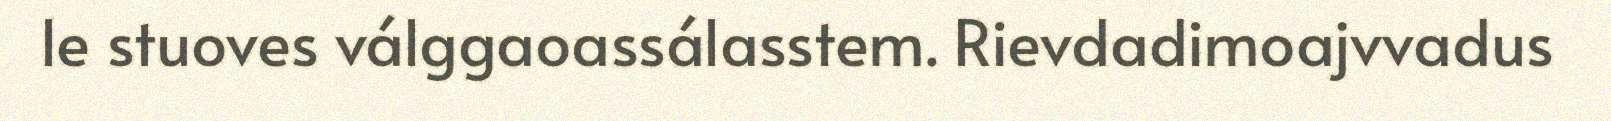
le stuoves válggaoassálasstem. Rievdadimoajvvadus